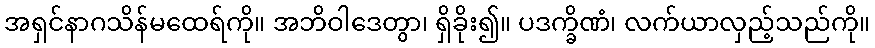
အရှင်နာဂသိန်မထေရ်ကို။ အဘိဝါဒေတွာ၊ ရှိခိုး၍။ ပဒက္ခိဏံ၊ လက်ယာလှည့်သည်ကို။